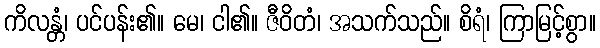
ကိလန္တံ၊ ပင်ပန်း၏။ မေ၊ ငါ၏။ ဇီဝိတံ၊ အသက်သည်။ စိရံ၊ ကြာမြင့်စွာ။